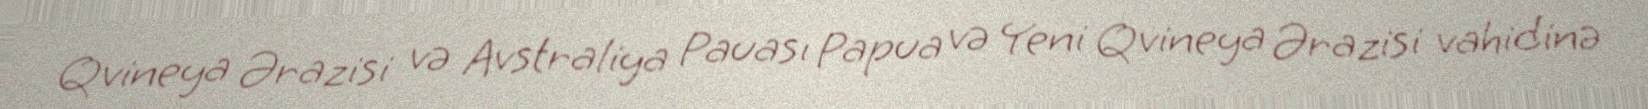
Qvineya Ərazisi və Avstraliya Pauası Papua və Yeni Qvineya Ərazisi vahidinə